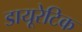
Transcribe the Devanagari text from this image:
डायूरेटिक